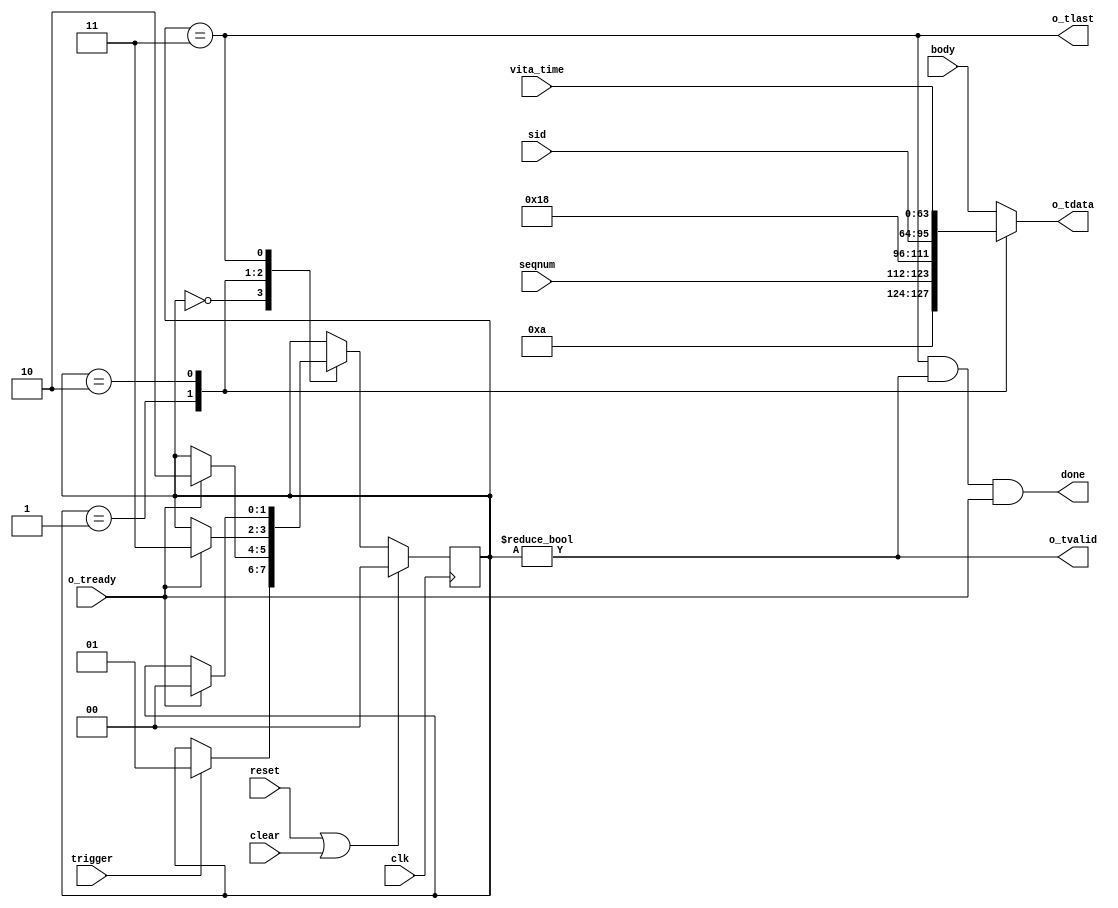
//
// Copyright 2014 Ettus Research LLC
// Copyright 2018 Ettus Research, a National Instruments Company
//
// SPDX-License-Identifier: LGPL-3.0-or-later
//

module context_packet_gen
  (input clk, input reset, input clear,
   input trigger,
   input [11:0] seqnum,
   input [31:0] sid,
   input [63:0] body,
   input [63:0] vita_time,

   output done,
   output reg [63:0] o_tdata, output o_tlast, output o_tvalid, input o_tready);
   
   reg [1:0] 	     cp_state;
   localparam CP_IDLE = 2'd0;
   localparam CP_HEAD = 2'd1;
   localparam CP_TIME = 2'd2;
   localparam CP_DATA = 2'd3;
   
   always @(posedge clk)
     if(reset|clear)
       cp_state <= CP_IDLE;
     else
       case(cp_state)
	 CP_IDLE :
	   if(trigger)
	     cp_state <= CP_HEAD;
	 CP_HEAD :
	   if(o_tready)
	     cp_state <= CP_TIME;
	 CP_TIME :
	   if(o_tready)
	     cp_state <= CP_DATA;
	 CP_DATA :
	   if(o_tready)
	     cp_state <= CP_IDLE;
       endcase // case (cp_state)

   assign o_tvalid = (cp_state != CP_IDLE);
   assign o_tlast = (cp_state == CP_DATA);

   always @*
     case(cp_state)
       CP_HEAD : o_tdata <= { 4'hA, seqnum, 16'd24, sid };
       CP_TIME : o_tdata <= vita_time;
       CP_DATA : o_tdata <= body;
       default : o_tdata <= body;
     endcase // case (cp_state)

   assign done = o_tlast & o_tvalid & o_tready;
   
endmodule // context_packet_gen